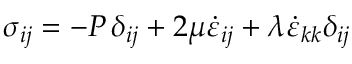
\, \, \sigma _ { i j } = - P \, \delta _ { i j } + 2 \mu { \dot { \varepsilon } } _ { i j } + \lambda { \dot { \varepsilon } } _ { k k } \delta _ { i j }